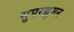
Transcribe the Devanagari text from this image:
सुपरह्युमन